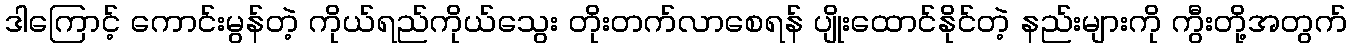
ဒါကြောင့် ကောင်းမွန်တဲ့ ကိုယ်ရည်ကိုယ်သွေး တိုးတက်လာစေရန် ပျိုးထောင်နိုင်တဲ့ နည်းများကို ကွီးတို့အတွက်